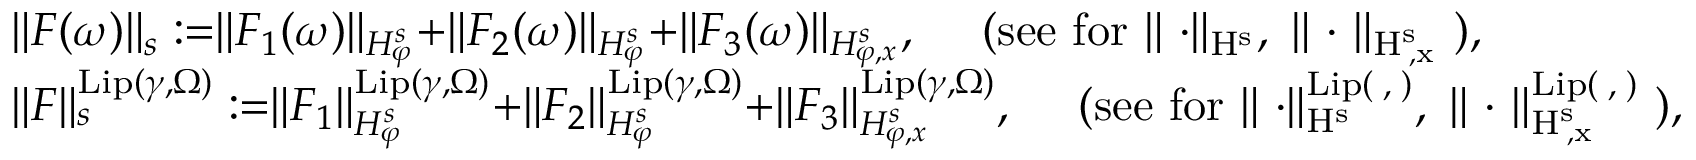
\begin{array} { r l } & { \rVert F ( \omega ) \rVert _ { s } : = \rVert F _ { 1 } ( \omega ) \rVert _ { H _ { \varphi } ^ { s } } + \rVert F _ { 2 } ( \omega ) \rVert _ { H _ { \varphi } ^ { s } } + \rVert F _ { 3 } ( \omega ) \rVert _ { H _ { \varphi , x } ^ { s } } , \quad \mathrm { ~ ( s e e ~ f o r ~ \rVert ~ \cdot \rVert _ { H ^ s _ { \varphi } } , \ \rVert ~ \cdot ~ \rVert _ { H ^ s _ { \varphi , x } } ~ ) } , } \\ & { \rVert F \rVert _ { s } ^ { \mathrm { L i p } ( \gamma , \Omega ) } : = \rVert F _ { 1 } \rVert _ { H _ { \varphi } ^ { s } } ^ { \mathrm { L i p } ( \gamma , \Omega ) } + \rVert F _ { 2 } \rVert _ { H _ { \varphi } ^ { s } } ^ { \mathrm { L i p } ( \gamma , \Omega ) } + \rVert F _ { 3 } \rVert _ { H _ { \varphi , x } ^ { s } } ^ { \mathrm { L i p } ( \gamma , \Omega ) } , \quad \mathrm { ~ ( s e e ~ f o r ~ \rVert ~ \cdot \rVert _ { H ^ s _ { \varphi } } ^ { \mathrm { L i p } ( \gamma , \Omega ) } , \ \rVert ~ \cdot ~ \rVert _ { H ^ s _ { \varphi , x } } ^ { \mathrm { L i p } ( \gamma , \Omega ) } ~ ) } , } \end{array}